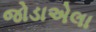
જોડાએલા